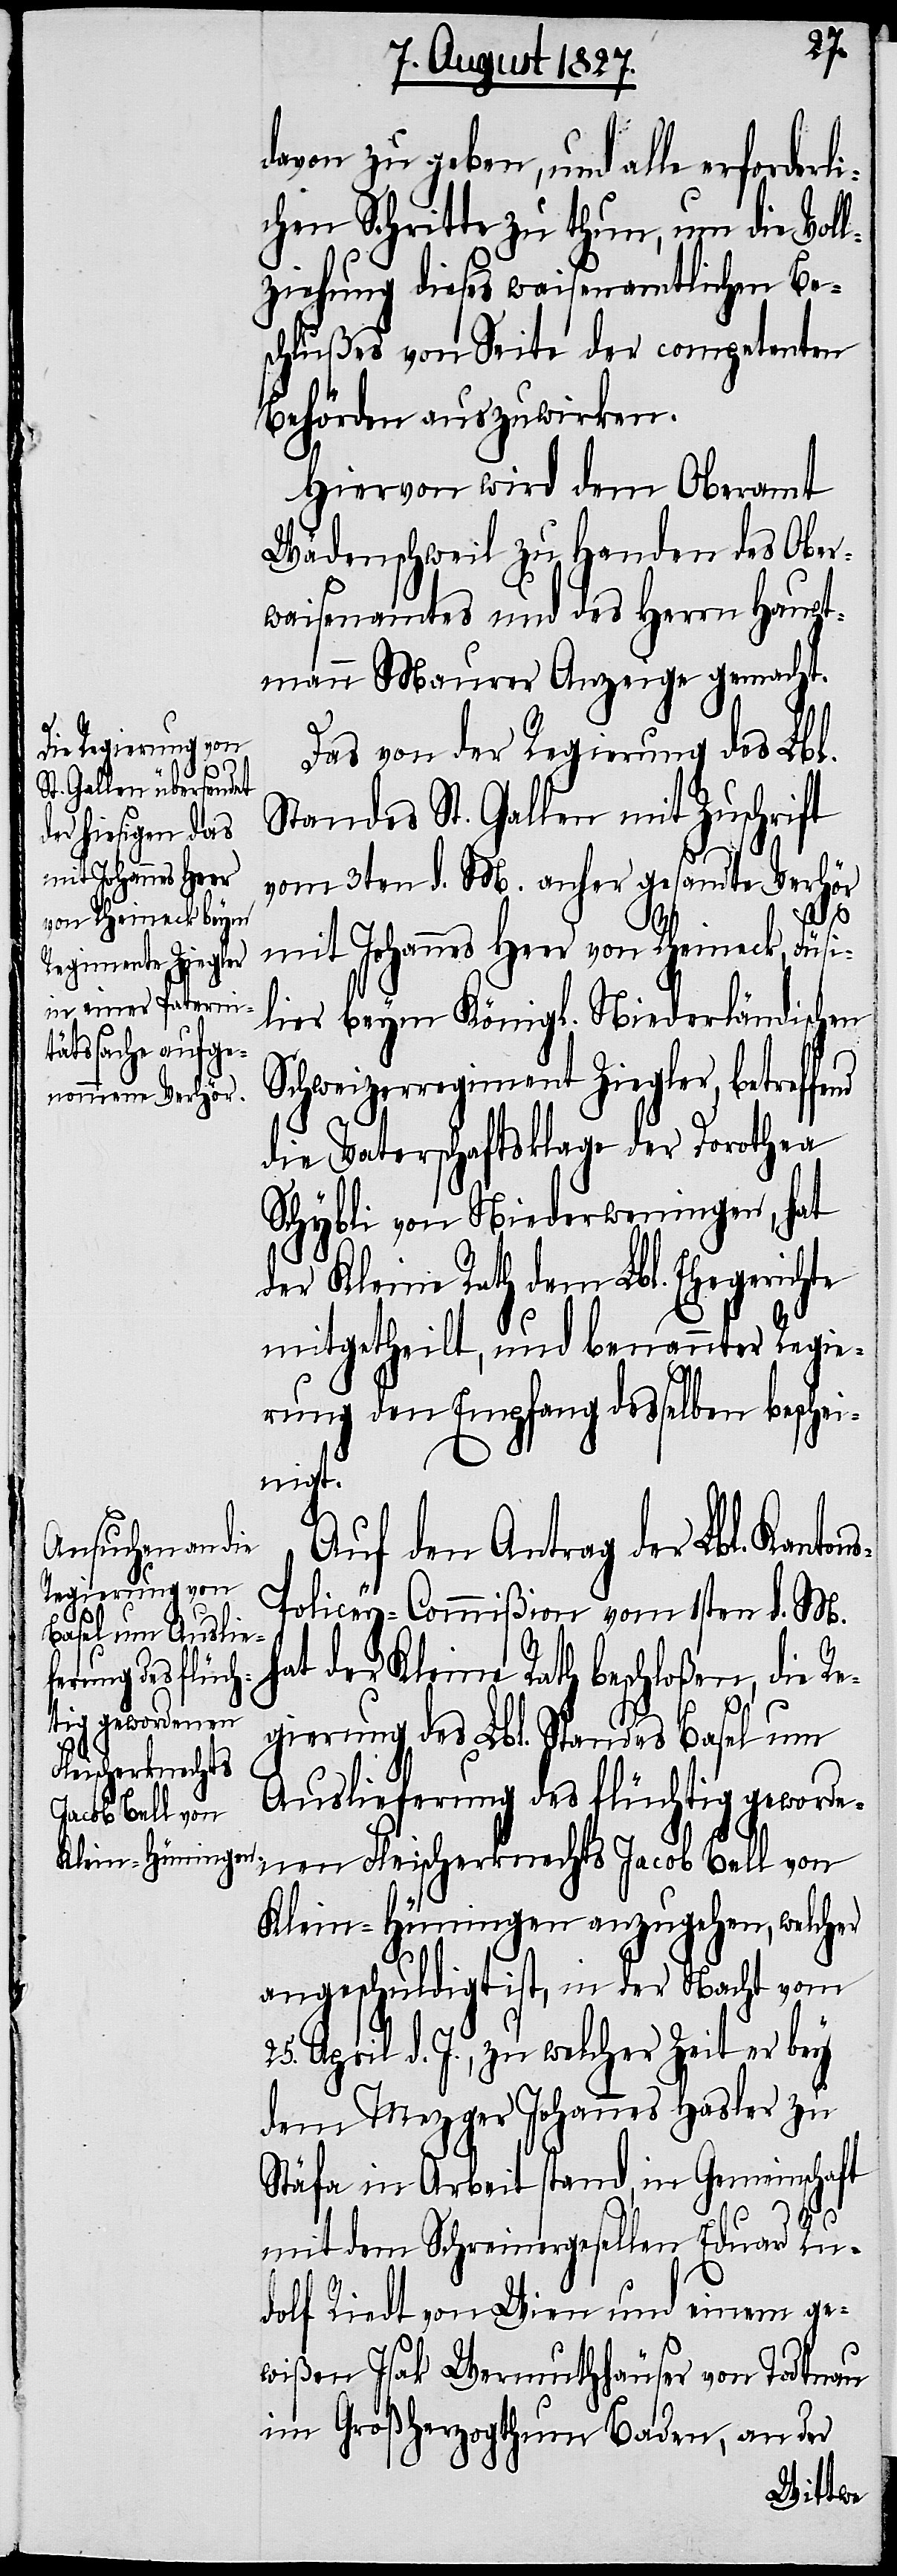
davon zu geben, und alle erforde¬
chen Schritte zu thun, um die Vol¬
lziehung dieses waisenamtlichen Be¬
schlußes von Seite der competenten
Behörden auszuwirken.
Hiervon wird dem Oberamt
Wädenschweil zu Handen des Ober¬
waisenamtes und des Herrn Haupt¬
mann Maurer Anzeige gemacht.
Das von der Regierung des Lbl.
Standes St. Gallen mit Zuschrift
vom 3ten d. M. anher gesandte Verhör
mit Johannes Heer von Rheineck, Füsi¬
lier beym Königl. Niederländischen
Schweizerregiment Ziegler, betreffe¬
nd
die Vaterschaftsklage der Dorothea
Schybli von Niederweningen, hat
der Kleine Rath dem Lbl. Ehegerichte
mitgetheilt, und benannter Regie¬
rung den Empfang desselben beschei¬
nigt.
Auf den Antrag der Lbl. Kanto¬
s-Policey-Commißion vom 1sten d. M.
der Kleine Rath beschloßen, die Re¬
gierung des Lbl. Standes Basel um
Auslieferung des flüchtig geworde¬
nen Fleischerknechts Jacob Bell von
Klein-Hüningen anzugehen, welcher
angeschuldigt ist, in der Nacht vom
25. April d. J., zu welcher Zeit er bey
dem Mezger Johannes Hasler zu
Stäfa in Arbeit stand, in Gemeinschaft
n¬
mit dem Schreinergesellen Eduard Ru¬
dolf Riedt von Wien und einem ge¬
wißen Isak Wermuthhäuser von Todtnau
im Großherzogthum Baden, an der